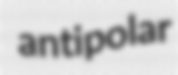
antipolar